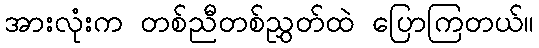
အားလုံးက တစ်ညီတစ်ညွှတ်ထဲ ပြောကြတယ်။